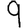
Digit: 9